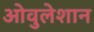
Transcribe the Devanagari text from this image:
ओवुलेशान